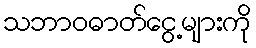
သဘာဝဓာတ်ငွေ့များကို